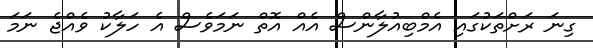
ގިނަ ރަށްތަކުގައި އެމްބިއުލާންސް އެއް އޮތް ނަމަވެސް އެ ހަލާކު ވެއްޖެ ނަމަ